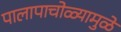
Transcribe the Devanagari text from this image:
पालापाचोळ्यामुळे